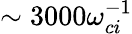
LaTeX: \sim 3000\omega_{ci}^{-1}